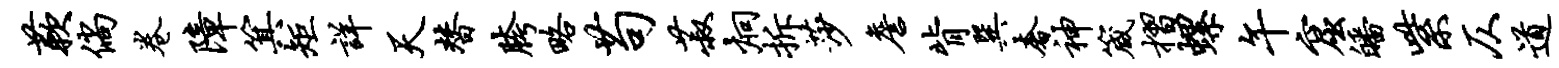
蔌倘卷障箕矩详天替胯略苟菽炯拆莎詹背巽奢神箴摺螺午窟皤紫仄道